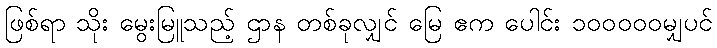
ဖြစ်ရာ သိုး မွေးမြူသည့် ဌာန တစ်ခုလျှင် မြေ ဧက ပေါင်း ၁၀၀၀၀၀မျှပင်